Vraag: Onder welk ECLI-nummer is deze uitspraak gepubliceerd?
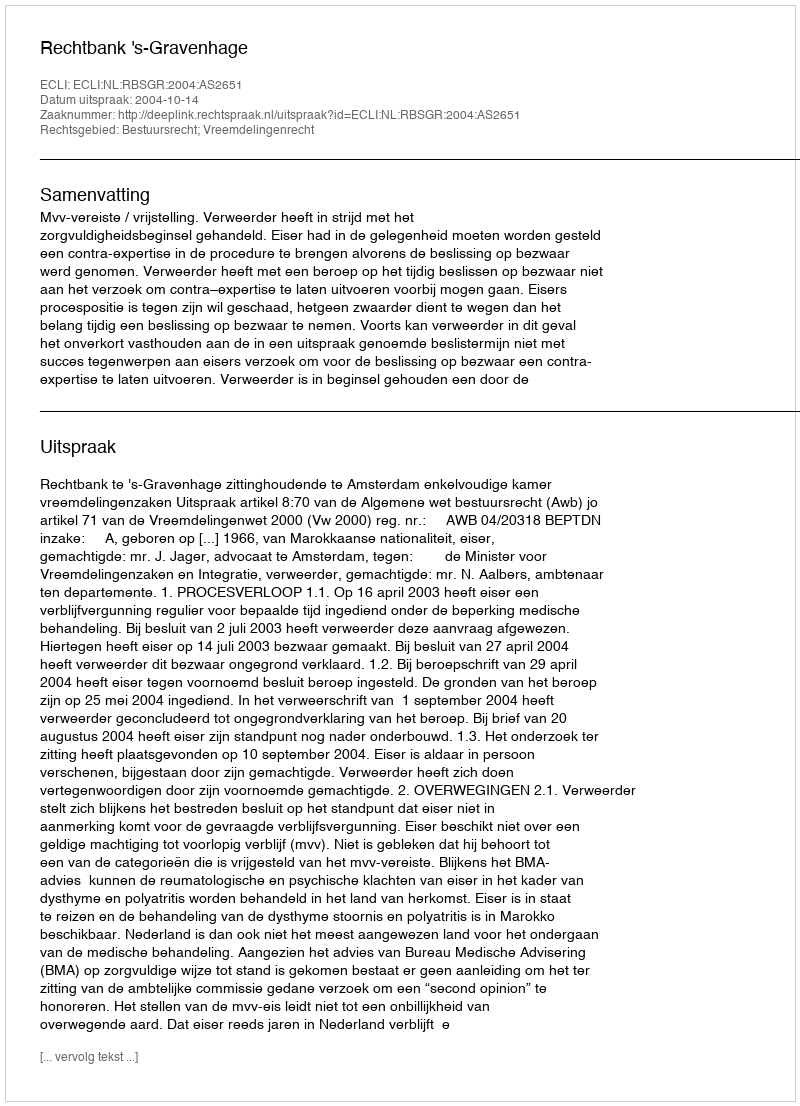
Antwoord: ECLI:NL:RBSGR:2004:AS2651